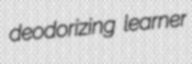
deodorizing learner